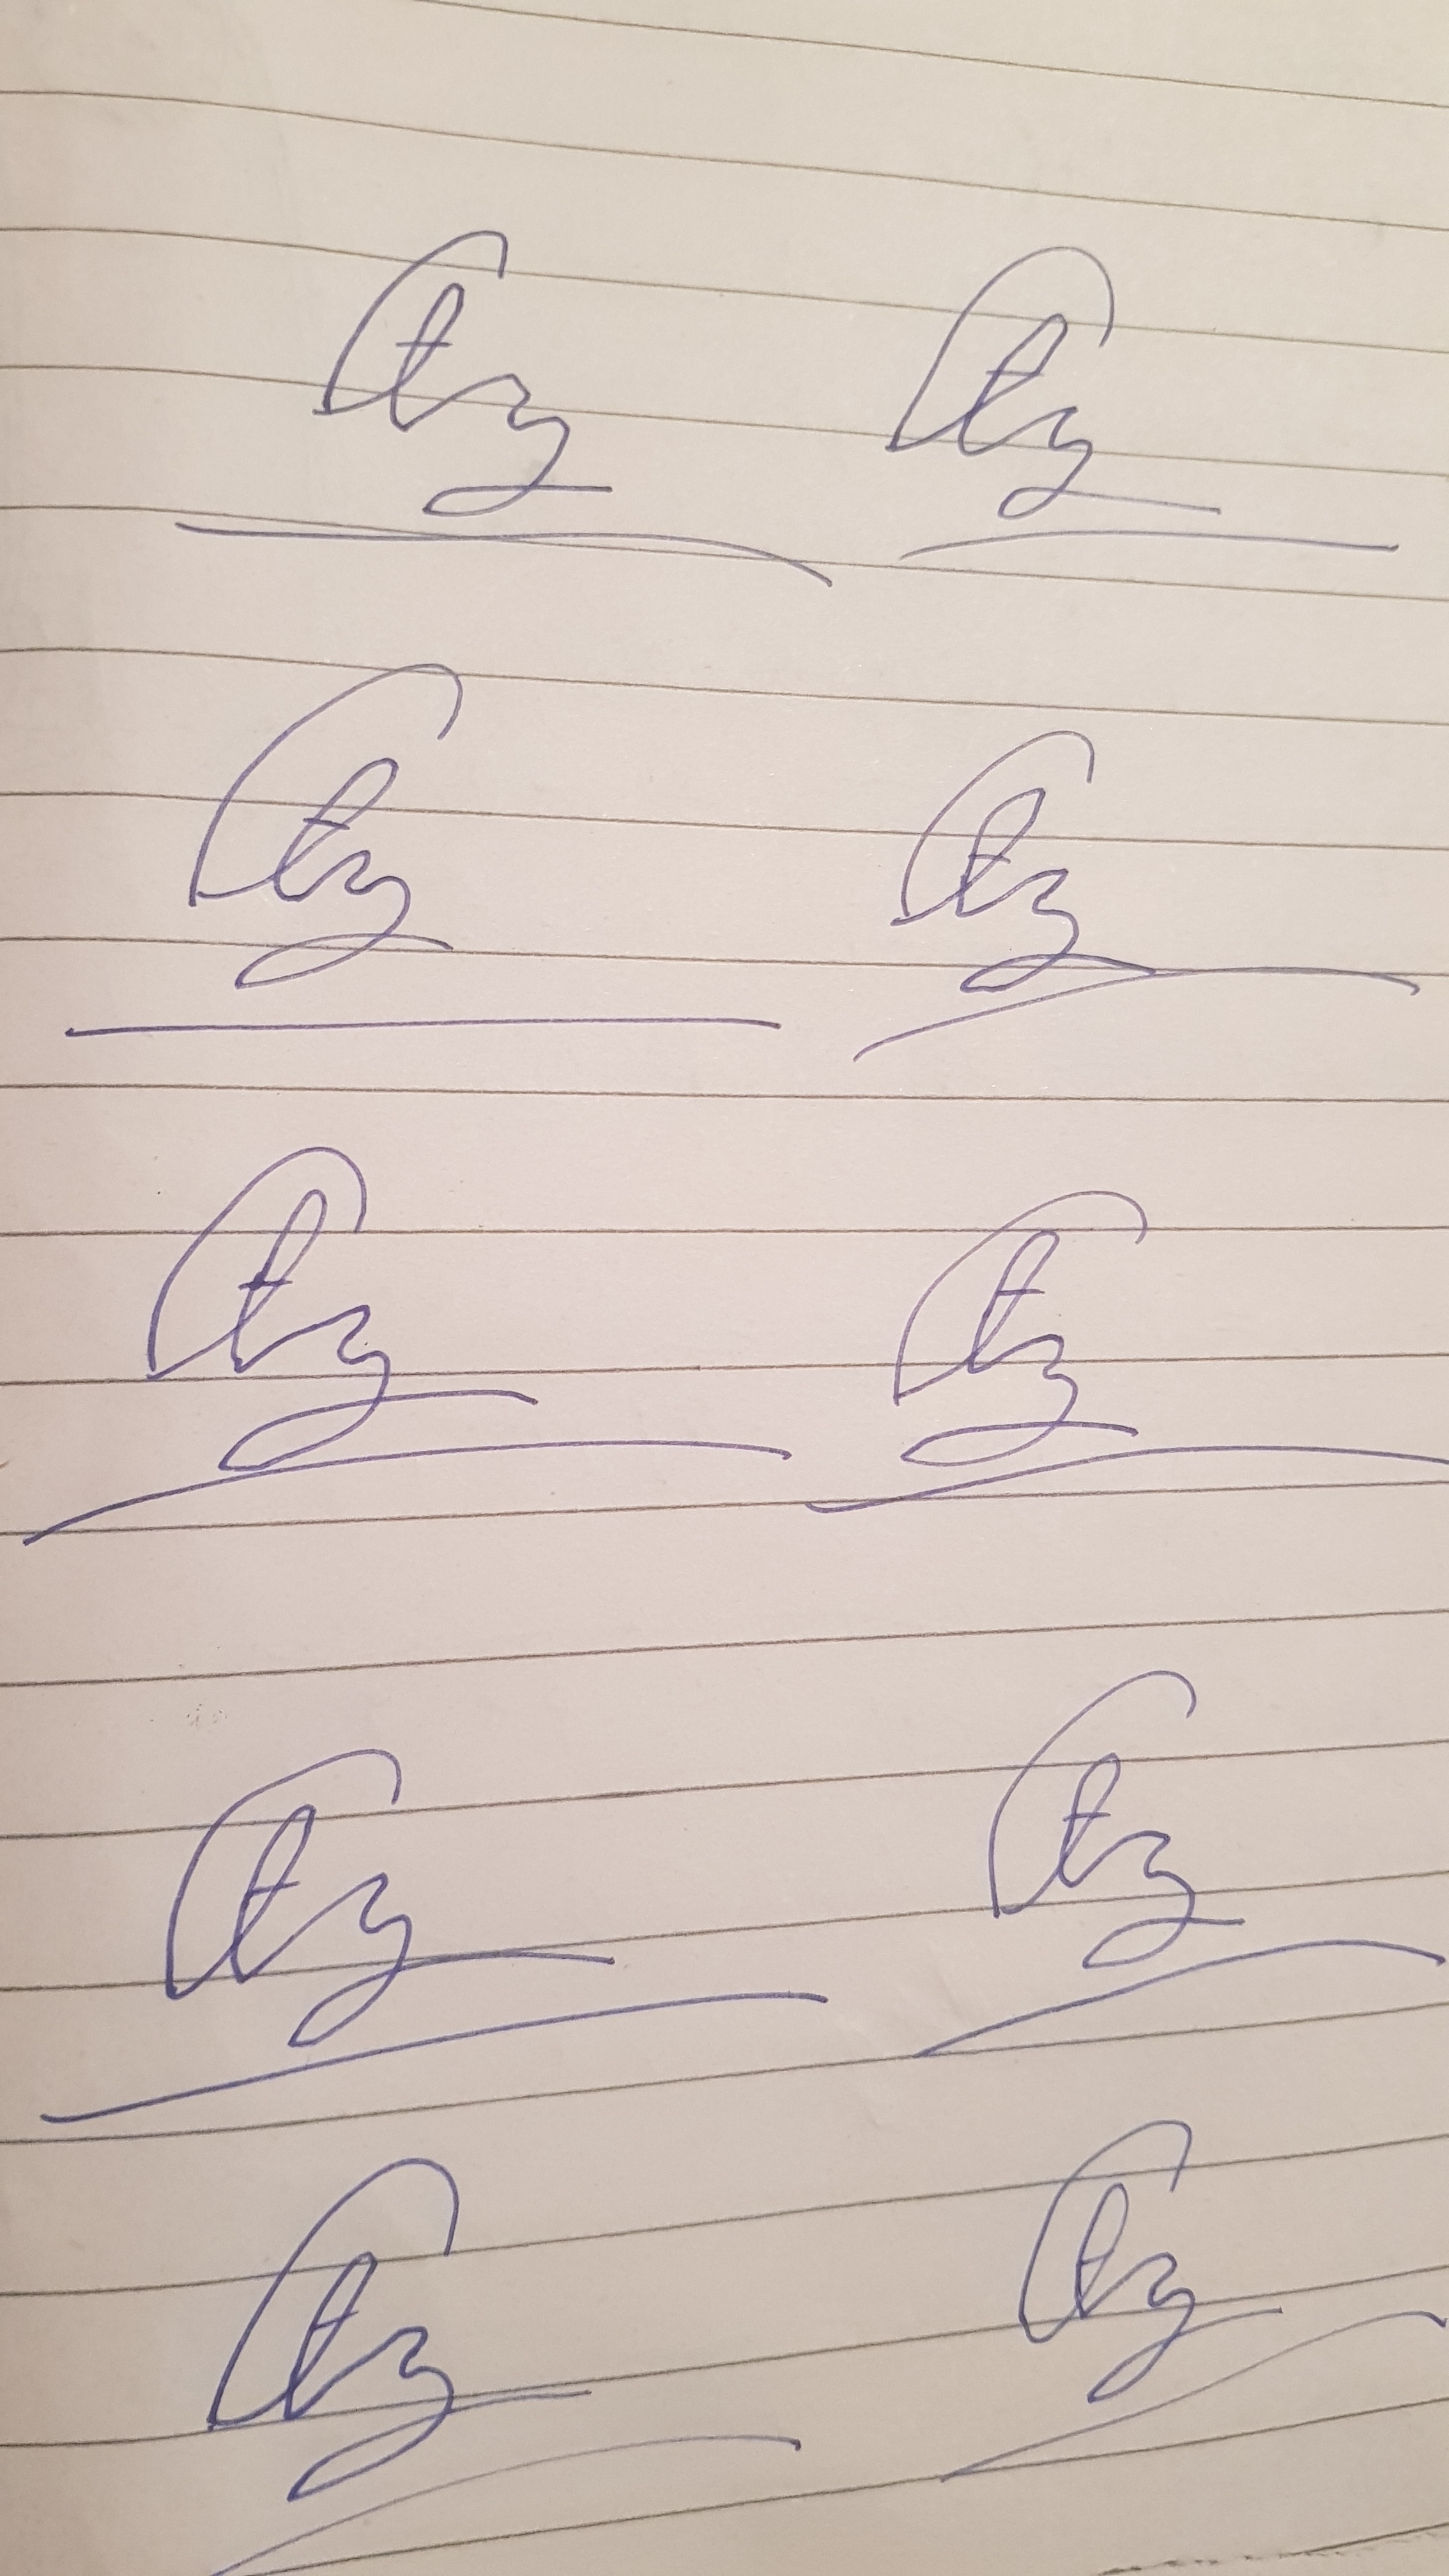
Signature authenticity: forged